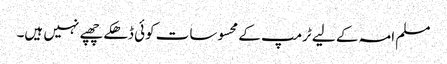
مسلم امہ کے لیے ٹرمپ کے محسوسات کوئی ڈھکے چھپے نہیں ہیں۔